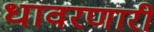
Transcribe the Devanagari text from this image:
धावरणारी